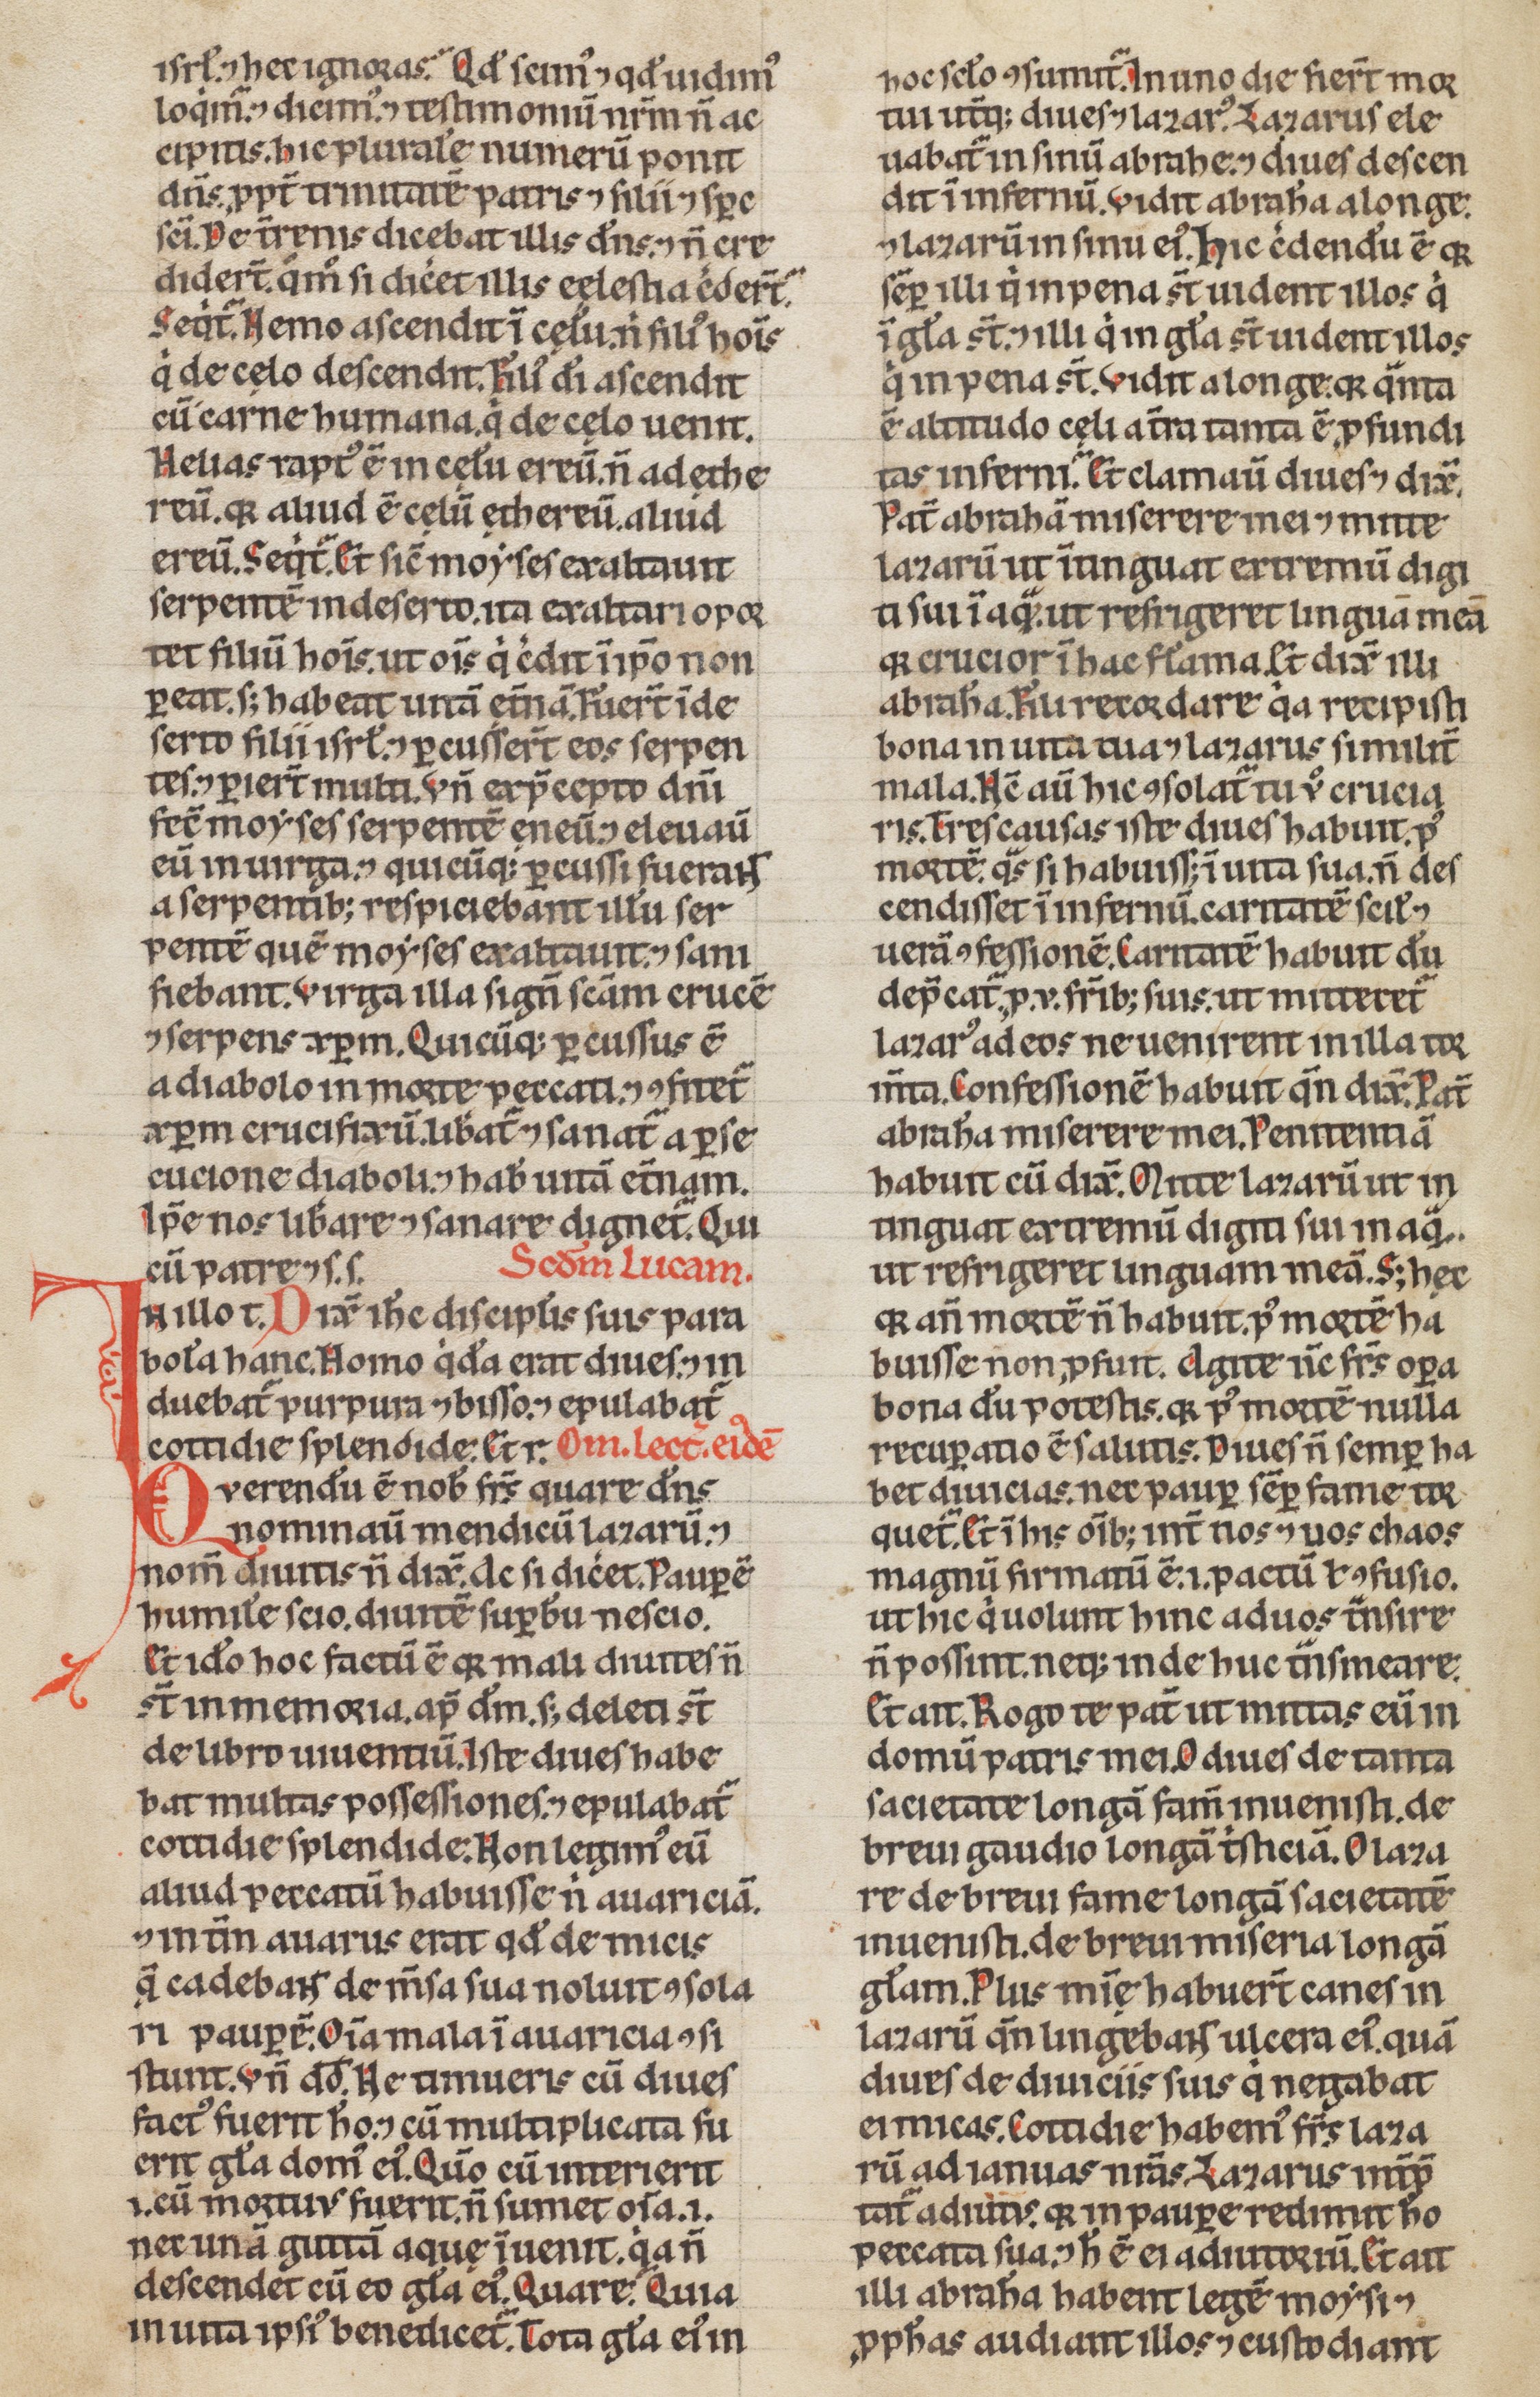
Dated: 1200–1249